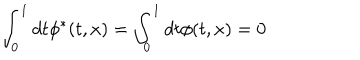
\int _ { 0 } ^ { 1 } d t \phi ^ { * } ( t , x ) = \int _ { 0 } ^ { 1 } d t \phi ( t , x ) = 0